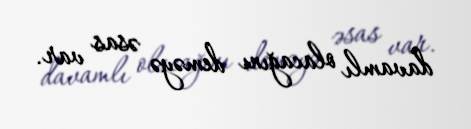
davamlı olacağını deməyə əsas var.